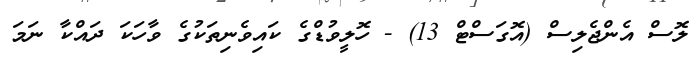
ލޮސް އެންޖެލިސް (އޮގަސްޓް 13) - ހޮލީވުޑްގެ ކައިވެނިތަކުގެ ވާހަކަ ދައްކާ ނަމަ